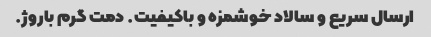
ارسال سریع و سالاد خوشمزه و باکیفیت. دمت گرم باروژ.